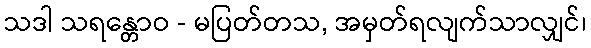
သဒါ သရန္တောဝ - မပြတ်တသ, အမှတ်ရလျက်သာလျှင်၊